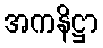
အကနိဋ္ဌာ